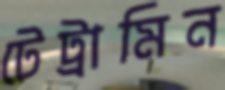
টেট্রামিন